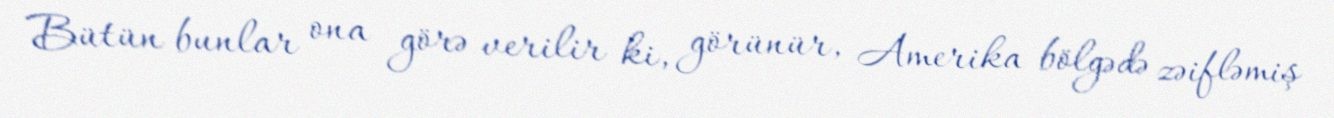
Bütün bunlar ona görə verilir ki, görünür, Amerika bölgədə zəifləmiş